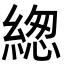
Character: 緫